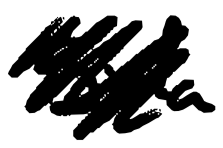
Text: Bida
Cross-out: scratch
Writing tool: digital_black